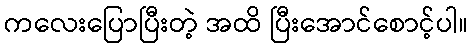
ကလေးပြောပြီးတဲ့ အထိ ပြီးအောင်စောင့်ပါ။